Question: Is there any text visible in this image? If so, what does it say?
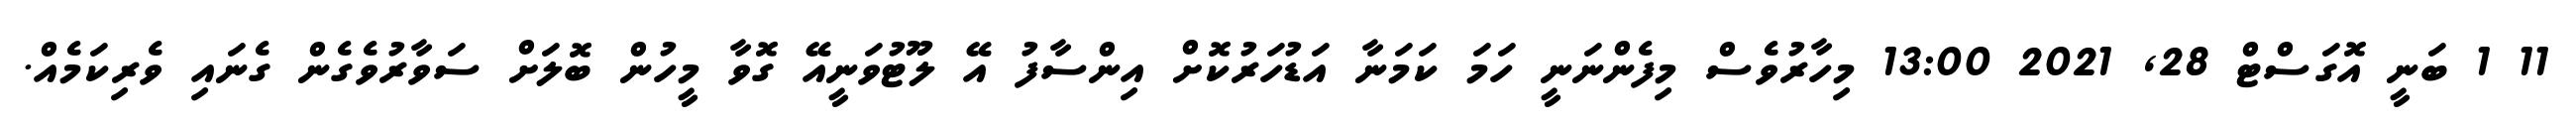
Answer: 11 1 ބަނީ އޮގަސްޓް 28, 2021 13:00 މިހާރުވެސް މިފެންނަނީ ހަމަ ކަމަނާ އަޑުހަރުކޮށް އިންސާފު އޭ ލޫޓުވަނީއޭ ގޮވާ މީހުން ބޮލަށް ސަވާރުވެގެން ގެނައި ވެރިކަމެއް.